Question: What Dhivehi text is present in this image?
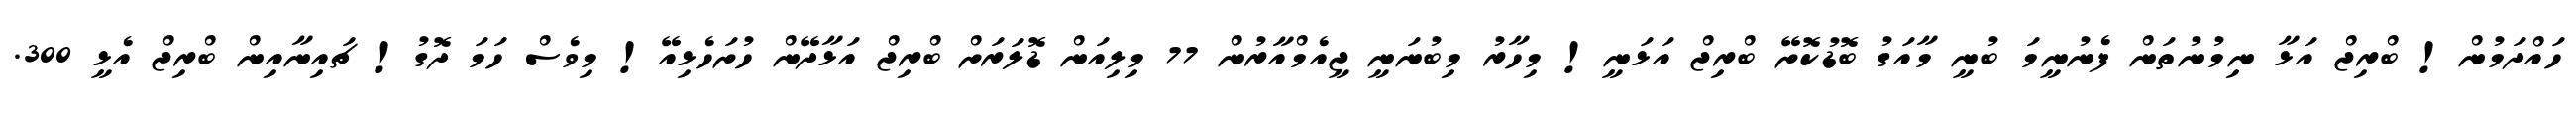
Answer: ހައްދަމުން! ބްރިޖް އަޅާ ނިމުނުތަން ފެނުނީމަ ބުނީ މާއަގު ބޮޑުކޮށޭ ބްރިޖް އަޅަނީ! މިހާރު މިބުނަނީ ޖީއެމްއާރުން 77 މިލިއަން ޑޮލަރަށް ބްރިޖް އަޅާދޭން ހުށަހެޅިއޭ! މިވެސް ހަމަ ދޮގު! ޗައިނާއިން ބްރިޖް އެޅީ 300.